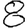
Digit: 8